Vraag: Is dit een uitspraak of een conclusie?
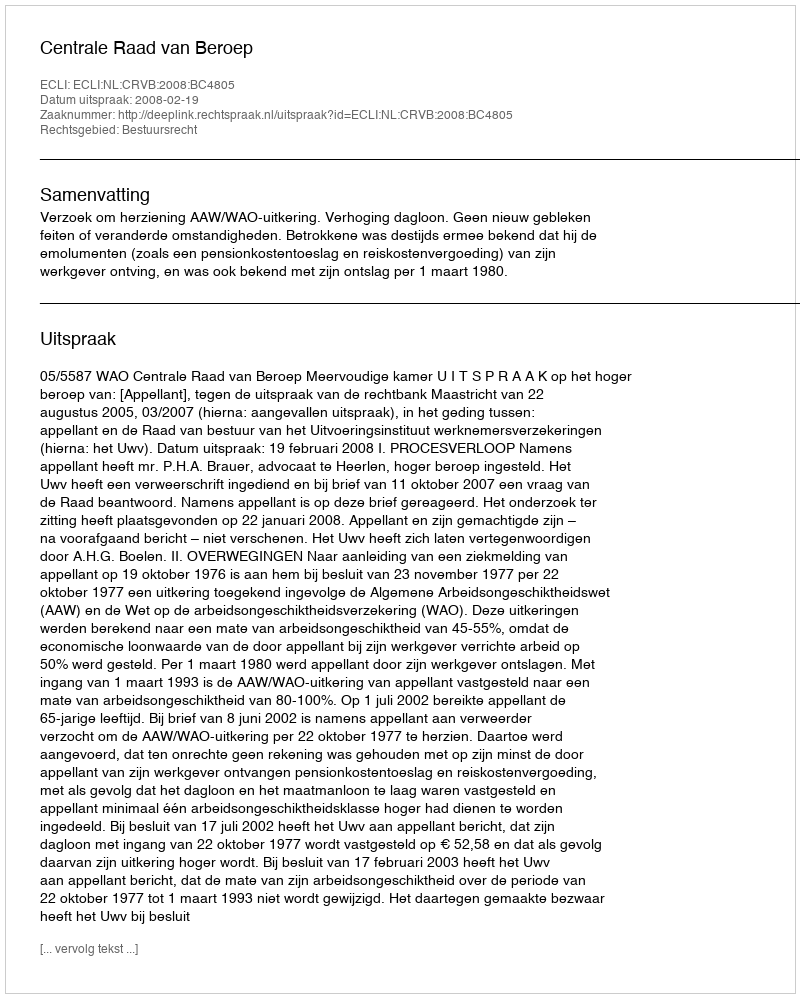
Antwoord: Uitspraak